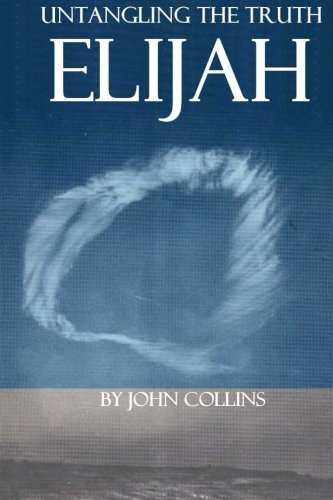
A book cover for Untangling The Truth: Elijah; John Collins; Religion & Spirituality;